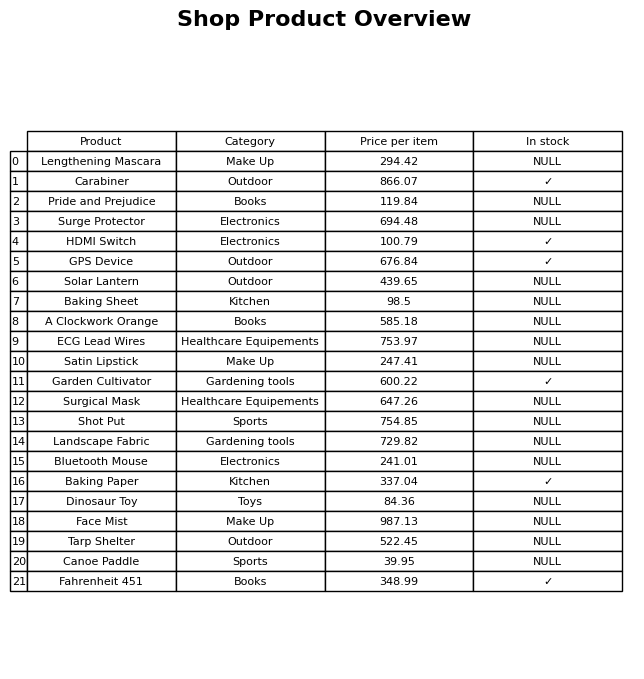
question: What is the price for A Clockwork Orange?
answer: The price of A Clockwork Orange is 585.18.